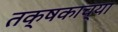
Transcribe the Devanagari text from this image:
तक्षकाच्या